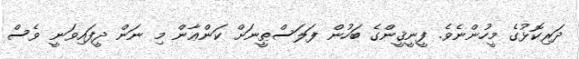
ދަރިކޮޅުގެ މީހުންނެވެ. ފީނީޤީންގެ ބަހުން ފަލަސްޠީނަށް ކަންޢާން މި ނަން ދީފައިވަނީ ވެސް